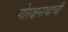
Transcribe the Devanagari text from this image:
गोरक्षनाथाची